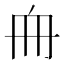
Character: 𠂨